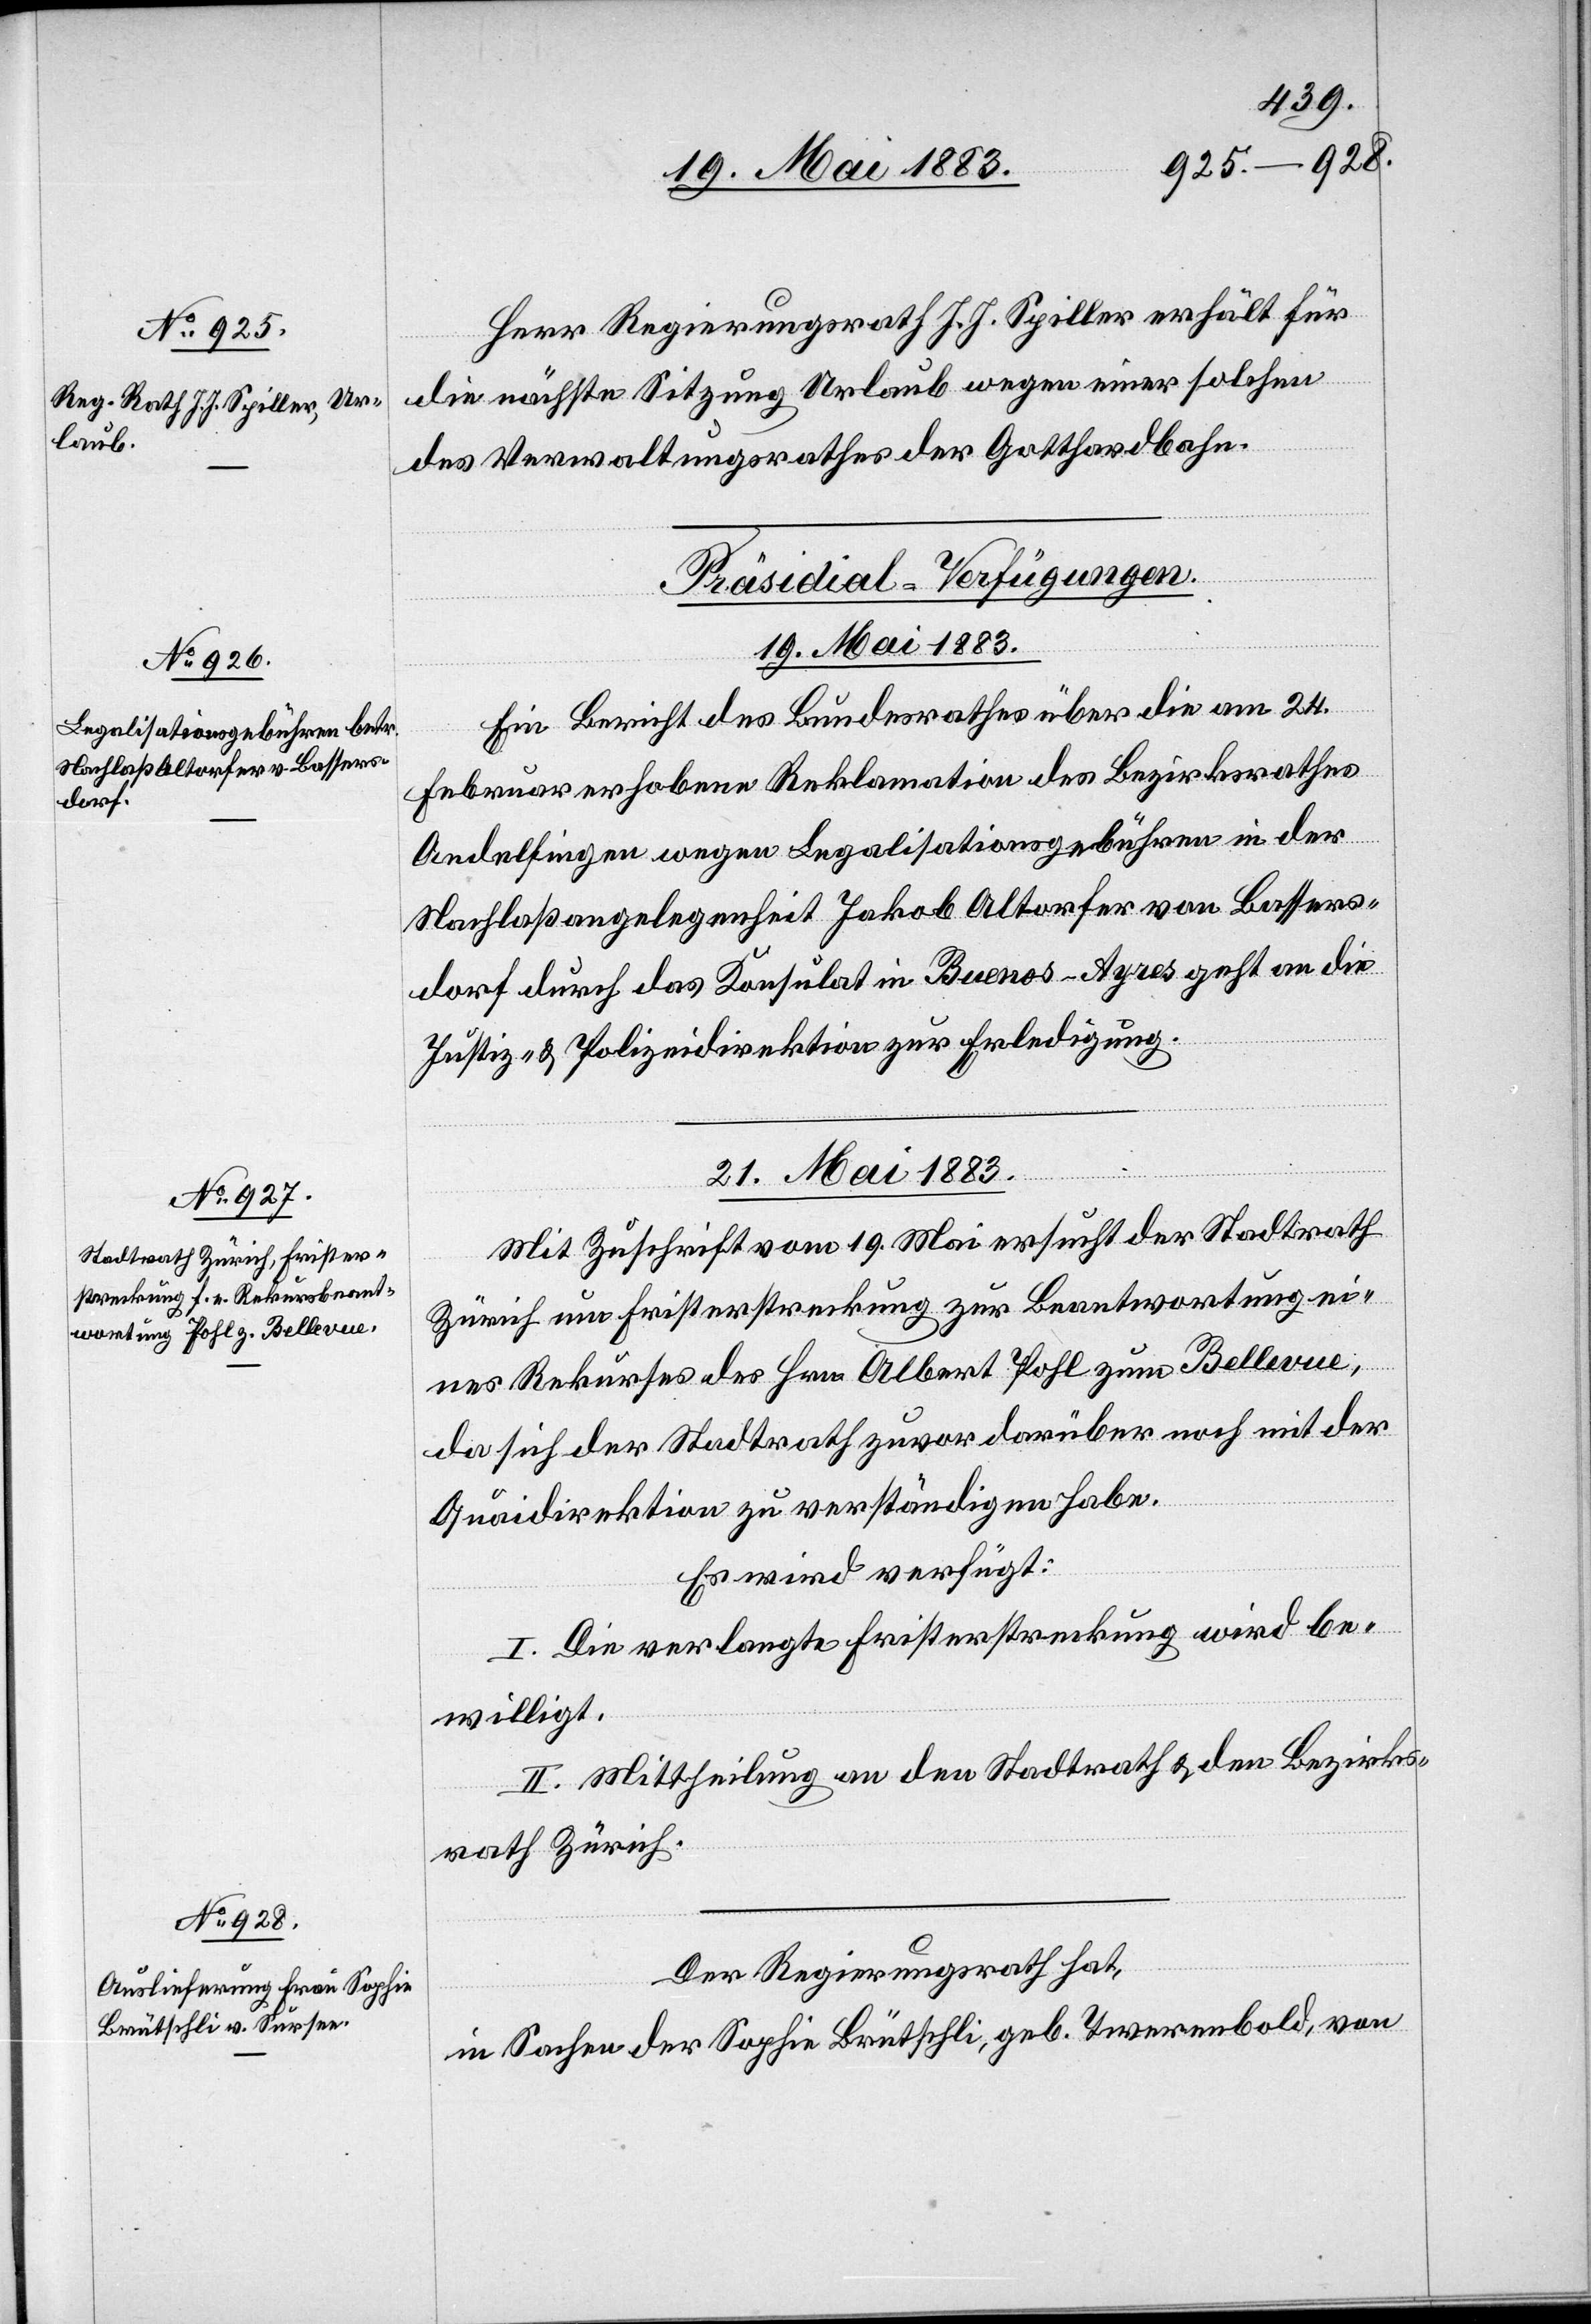
Herr Regierungsrath J. J. Spiller erhält für
die nächste Sitzung Urlaub wegen einer solchen
des Verwaltungsrathes der Gotthardbahn.
[Präsidial-Verfügungen.
19. Mai 1883.
Ein Bericht des Bundesrathes über die am 24.
Februar erhobene Reklamation des Bezirksrathes
Andelfingen wegen Legalisationsgebühren in der
Nachlaßangelegenheit Jakob Altorfer von Bassers¬
dorf durch das Konsulat in Buenos-Ayres geht an die
Justiz- & Polizeidirektion zur Erledigung.
21. Mai 1883.]
Mit Zuschrift vom 19. Mai ersucht der Stadtrath
Zürich um Fristerstreckung zur Beantwortung ei¬
nes Rekurses des Hrn. Albert Pohl zum Bellevue,
da sich der Stadtrath zuvor darüber noch mit der
Quaidirektion zu verständigen habe.
Es wird verfügt:
I. Die verlangte Fristerstreckung wird be¬
willigt.
II. Mittheilung an den Stadtrath & den Bezirks¬
rath Zürich.
Der Regierungsrath hat,
in Sachen der Sophie Brütschli, geb. Twerenbold, von